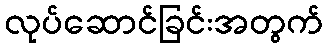
လုပ်ဆောင်ခြင်းအတွက်